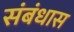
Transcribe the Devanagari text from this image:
संबंधास